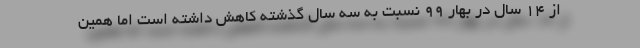
از ۱۴ سال در بهار ۹۹ نسبت به سه سال گذشته کاهش داشته است اما همین